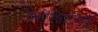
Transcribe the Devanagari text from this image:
सिऐथिएसिई